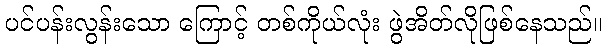
ပင်ပန်းလွန်းသော ကြောင့် တစ်ကိုယ်လုံး ဖွဲအိတ်လိုဖြစ်နေသည်။